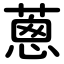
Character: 蔥